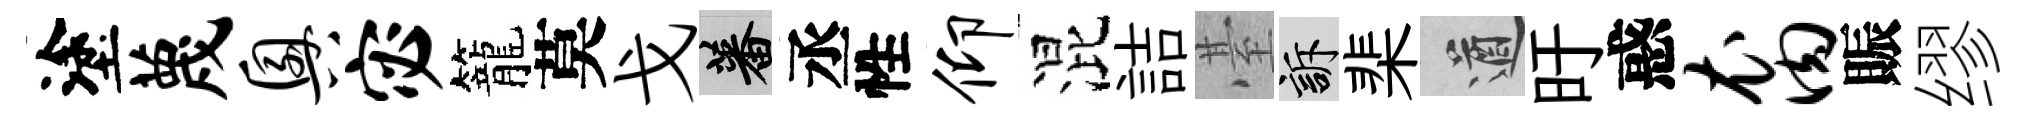
塗蔑兴宓籠莫戈蕃丞性仰混詰䑓訴棐遒旴惑裔賑缪